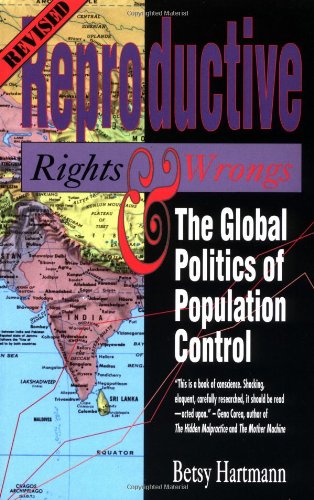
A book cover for Reproductive Rights and Wrongs (Revised Edition): The Global Politics of Population Control (And Addie D. Averitt Lecture Series; 3); Betsy Hartmann; Gay & Lesbian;